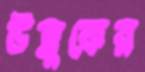
উল্লুকের